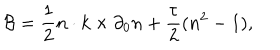
{ \cal B } = { \frac { 1 } { 2 } } n \cdot k \times \partial _ { 0 } n + { \frac { \tau } { 2 } } ( n ^ { 2 } - 1 ) ,